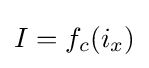
I={f_{c}}({i_{x}})